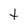
Character: t